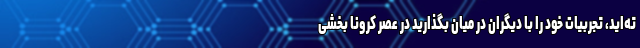
ته‌اید، تجربیات خود را با دیگران در میان بگذارید در عصر کرونا بخشی